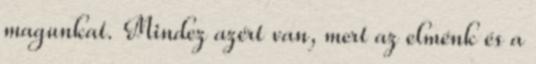
magunkat. Mindez azért van, mert az elménk és a